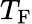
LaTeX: T_{\mathrm{{F}}}